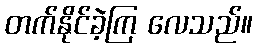
တက်နိုင်ခဲ့ကြ လေသည်။